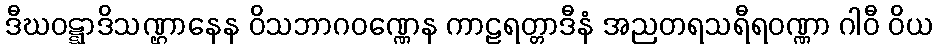
ဒီဃဝဋ္ဋာဒိသဏ္ဌာနေန ဝိသဘာဂဝဏ္ဏေန ကာဠရတ္တာဒီနံ အညတရသရီရဝဏ္ဏာ ဂါဝီ ဝိယ